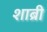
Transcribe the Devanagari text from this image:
शाब्री